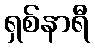
ရှစ်နာရီ